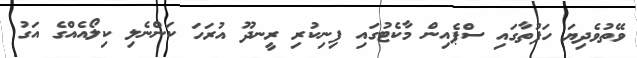
ވޭތުވެދިޔަ ހަފުތާގައި ސްޕެއިން މާކެޓުގައި ފިނިކުރި ރީނދޫ އުރަހަ ކަންނެލި ކިލޯއެއްގެ އަގު